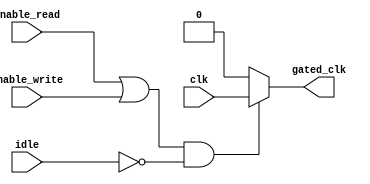
module ClockGatingControl(
    input wire clk,                    // Main clock input
    input wire enable_read,            // Read enable signal
    input wire enable_write,           // Write enable signal
    input wire idle,                   // Idle signal
    output wire gated_clk               // Gated clock output
);

// Internal signal for gating control
wire gating_signal;

// Generate gating signal based on operational state
assign gating_signal = (enable_read || enable_write) && !idle;

// Clock gating cell implementation
assign gated_clk = gating_signal ? clk : 1'b0;

endmodule